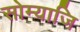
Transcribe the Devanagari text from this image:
सोम्याजि